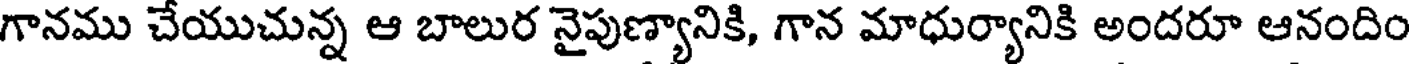
గానము చేయుచున్న ఆ బాలుర నైపుణ్యానికి, గాన మాధుర్యానికి అందరూ ఆనందిం